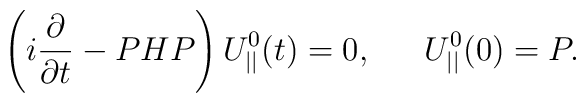
\left(i\frac{\partial}{\partial t}-PHP\right)U_{||}^{0}(t)= 0,\verb+   + U_{||}^{0}(0)=P.